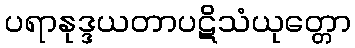
ပရာနုဒ္ဒယတာပဋိသံယုတ္တော